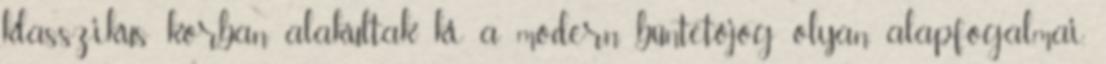
klasszikus korban alakultak ki a modern büntetőjog olyan alapfogalmai,